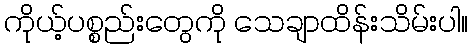
ကိုယ့်ပစ္စည်းတွေကို သေချာထိန်းသိမ်းပါ။